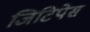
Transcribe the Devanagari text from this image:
जिटिपेस